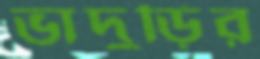
ভাদুড়ির